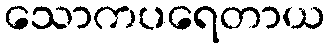
သောကပရေတာယ